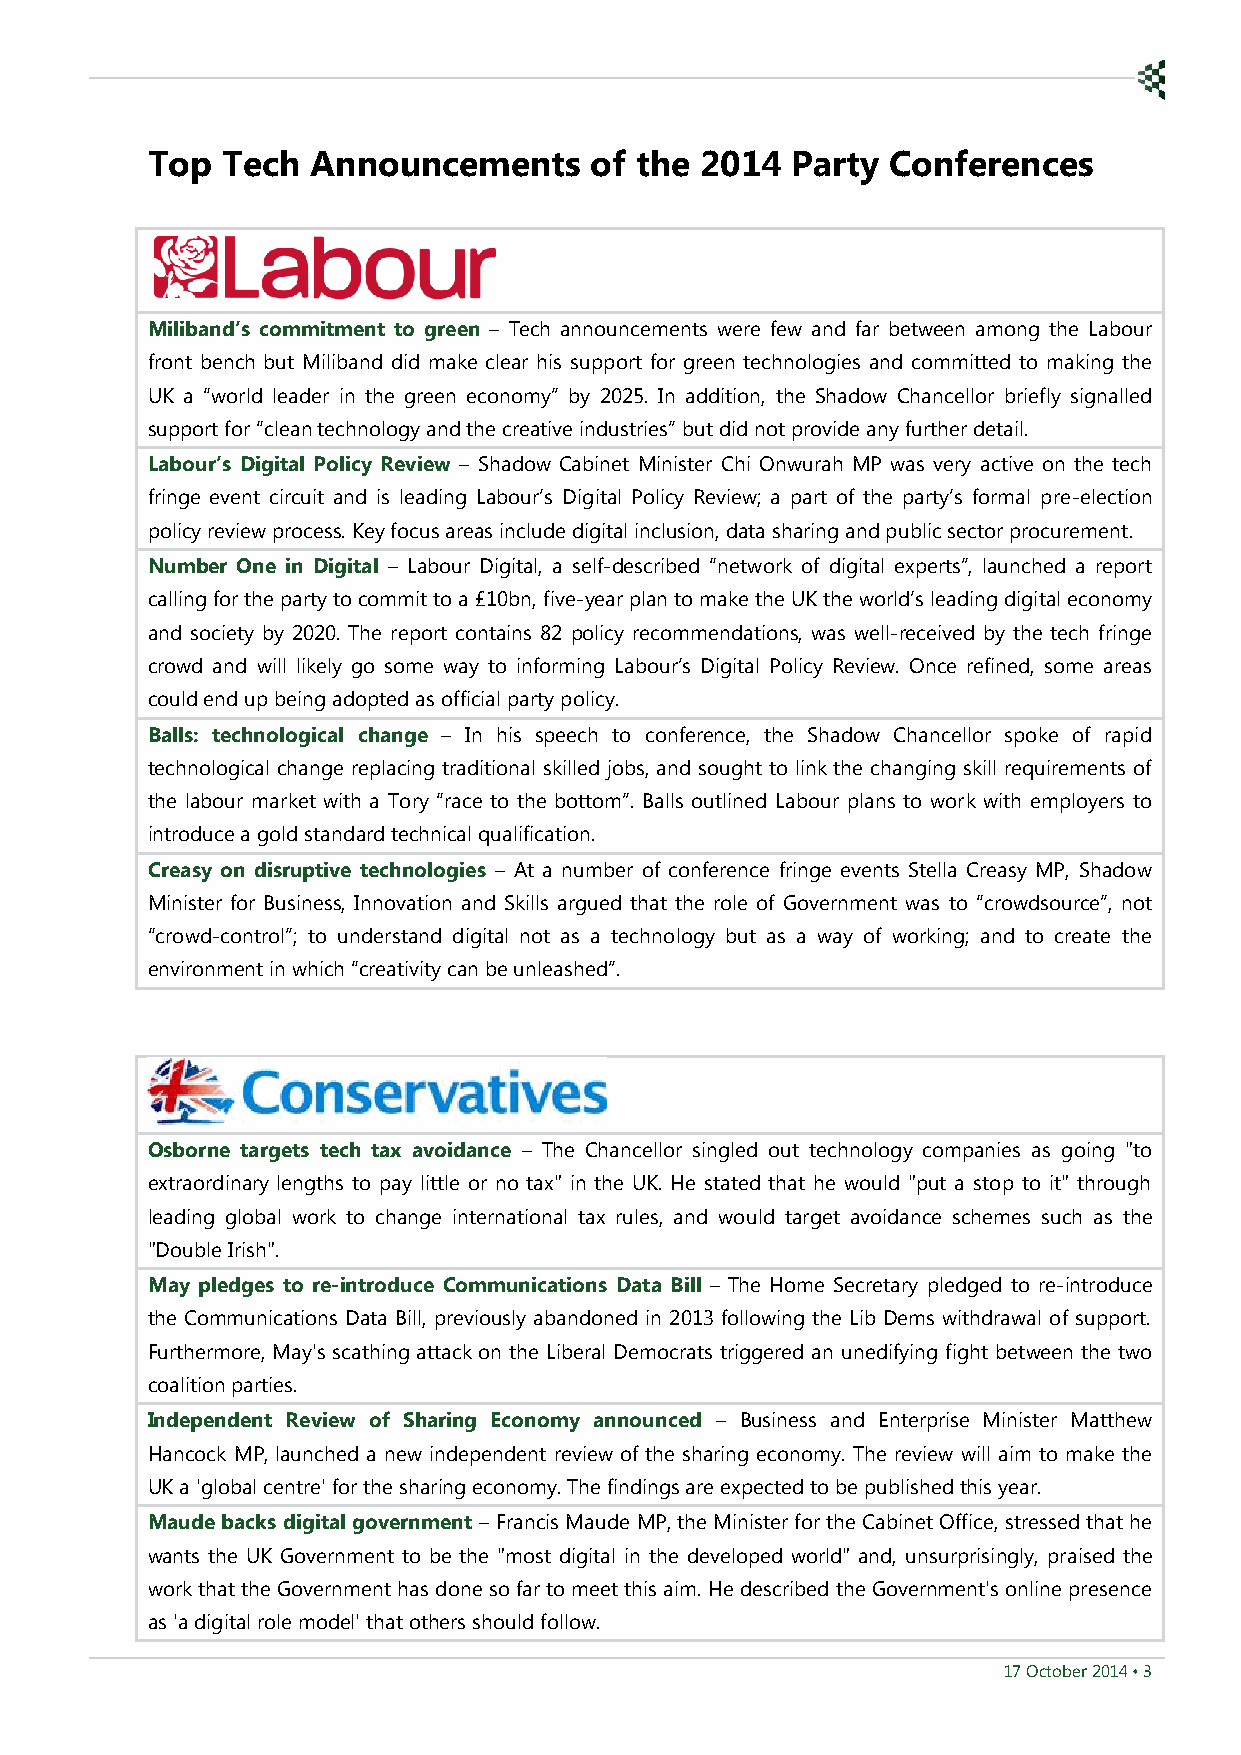
1   Top  Tech  Announcements     of the 2014  Party  Conferences
 Miliband’s commitment to green – Tech announcements were few and far between among the Labour
 front bench but Miliband did make clear his support for green technologies and committed to making the
 UK a “world leader in the green economy” by 2025. In addition, the Shadow Chancellor briefly signalled
 support for “clean technology and the creative industries” but did not provide any further detail.
 Labour’s Digital Policy Review – Shadow Cabinet Minister Chi Onwurah MP was very active on the tech
 fringe event circuit and is leading Labour’s Digital Policy Review; a part of the party’s formal pre-election
 policy review process. Key focus areas include digital inclusion, data sharing and public sector procurement.
 Number One in Digital – Labour Digital, a self-described “network of digital experts”, launched a report
 calling for the party to commit to a £10bn, five-year plan to make the UK the world’s leading digital economy
 and society by 2020. The report contains 82 policy recommendations, was well-received by the tech fringe
 crowd and will likely go some way to informing Labour’s Digital Policy Review. Once refined, some areas
 could end up being adopted as official party policy.
 Balls: technological change – In his speech to conference, the Shadow Chancellor spoke of rapid
 technological change replacing traditional skilled jobs, and sought to link the changing skill requirements of
 the labour market with a Tory “race to the bottom”. Balls outlined Labour plans to work with employers to
 introduce a gold standard technical qualification.
 Creasy on disruptive technologies – At a number of conference fringe events Stella Creasy MP, Shadow
 Minister for Business, Innovation and Skills argued that the role of Government was to “crowdsource”, not
 “crowd-control”; to understand digital not as a technology but as a way of working; and to create the
 environment in which “creativity can be unleashed”.
 Osborne targets tech tax avoidance – The Chancellor singled out technology companies as going "to
 extraordinary lengths to pay little or no tax" in the UK. He stated that he would "put a stop to it" through
 leading global work to change international tax rules, and would target avoidance schemes such as the
 "Double Irish".
 May pledges to re-introduce Communications Data Bill – The Home Secretary pledged to re-introduce
 the Communications Data Bill, previously abandoned in 2013 following the Lib Dems withdrawal of support.
 Furthermore, May's scathing attack on the Liberal Democrats triggered an unedifying fight between the two
 coalition parties.
 Independent Review of Sharing Economy announced – Business and Enterprise Minister Matthew
 Hancock MP, launched a new independent review of the sharing economy. The review will aim to make the
 UK a 'global centre' for the sharing economy. The findings are expected to be published this year.
 Maude backs digital government – Francis Maude MP, the Minister for the Cabinet Office, stressed that he
 wants the UK Government to be the "most digital in the developed world" and, unsurprisingly, praised the
 work that the Government has done so far to meet this aim. He described the Government's online presence
 as 'a digital role model' that others should follow.
 17 October 2014 • 3